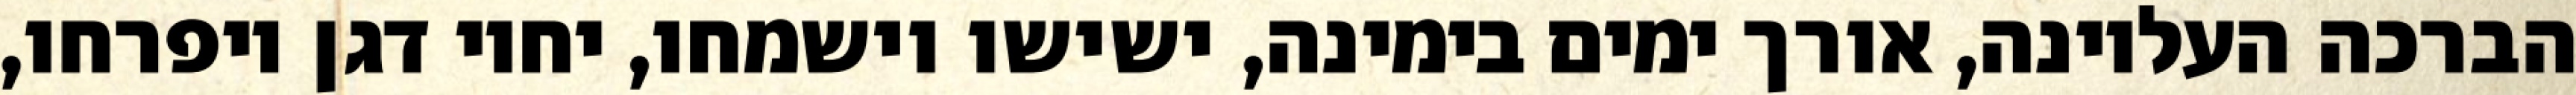
הברכה העליונה, אורך ימים בימינה, ישישו וישמחו, יחיו דגן ויפרחו,